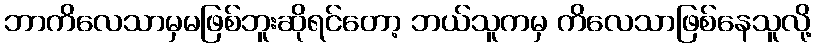
ဘာကိလေသာမှမဖြစ်ဘူးဆိုရင်တော့ ဘယ်သူကမှ ကိလေသာဖြစ်နေသူလို့